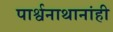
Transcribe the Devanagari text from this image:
पार्श्वनाथानांही